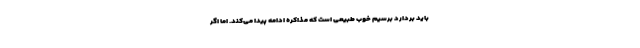
باید بردارد برسیم خوب طبیعی است که مذاکره ادامه پیدا می‌کند. اما اگر